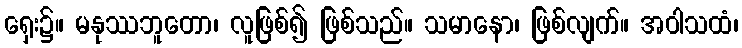
ရှေး၌။ မနုဿဘူတော၊ လူဖြစ်၍ ဖြစ်သည်။ သမာနော၊ ဖြစ်လျက်။ အဝါသထံ၊